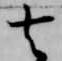
去